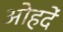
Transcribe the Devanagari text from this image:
ओहदें